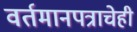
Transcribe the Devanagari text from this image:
वर्तमानपत्राचेही